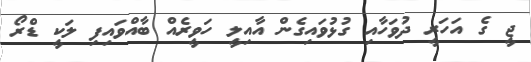
ޖީ ގެ އަހަރީ ދުވަހާއި ގުޅުވައިގެން އާއިލީ ހަވީރެއް ބާއްވައިފި ލަކީ ޑްރޯ